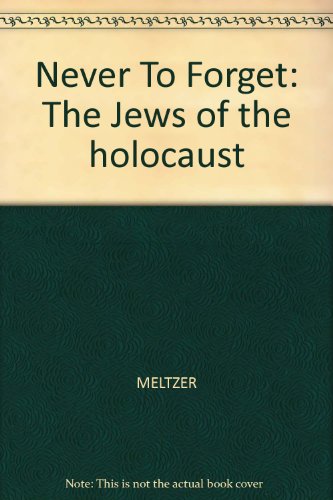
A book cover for Never To Forget: The Jews of the holocaust; MELTZER; Teen & Young Adult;